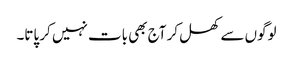
لوگوں سے کھل کر آج بھی بات نہیں کر پاتا۔